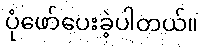
ပုံဖော်ပေးခဲ့ပါတယ်။